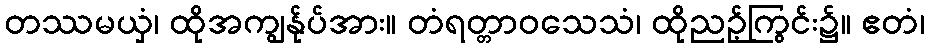
တဿမယှံ၊ ထိုအကျွန်ုပ်အား။ တံရတ္တာဝသေသံ၊ ထိုညဉ့်ကြွင်း၌။ ဧတံ၊